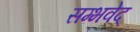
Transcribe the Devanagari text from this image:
सम्भवेद्